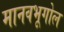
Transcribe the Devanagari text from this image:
मानवभूगोल